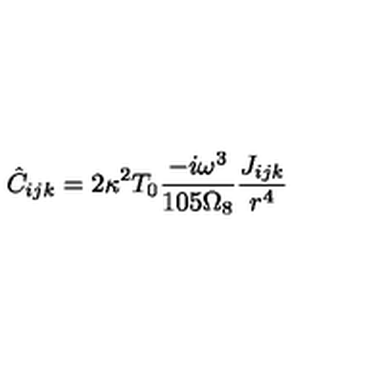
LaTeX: \hat { C } _ { i j k } = 2 \kappa ^ { 2 } T _ { 0 } \frac { - i \omega ^ { 3 } } { 1 0 5 \Omega _ { 8 } } \frac { J _ { i j k } } { r ^ { 4 } }